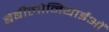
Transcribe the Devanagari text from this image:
बेबीलोनियाईओं